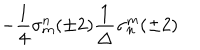
- \frac { 1 } { 4 } \sigma _ { m } ^ { n } ( \pm 2 ) \frac { 1 } { \Delta } \sigma _ { n } ^ { m } ( \pm 2 )